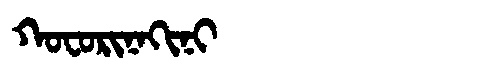
Manchu: ᡴᠣᠸᠣᡵᡳᠨᠠᡴᡳᠨᡳ
Romanization: KOFORINAKINI